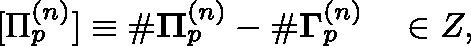
\begin{array} { r } { [ \Pi _ { p } ^ { ( n ) } ] \equiv \# { \bf \Pi } _ { p } ^ { ( n ) } - \# \mathbf { \Gamma } _ { p } ^ { ( n ) } \quad \in \mathbb { Z } , } \end{array}